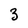
Character: 3